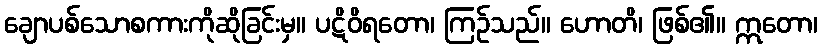
ချောပစ်သောစကားကိုဆိုခြင်းမှ။ ပဋိဝိရတော၊ ကြဉ်သည်။ ဟောတိ၊ ဖြစ်၏။ ဣတော၊